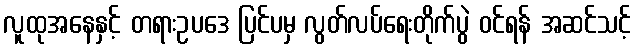
လူထုအနေနှင့် တရားဥပဒေ ပြင်ပမှ လွတ်လပ်ရေးတိုက်ပွဲ ဝင်ရန် အဆင်သင့်